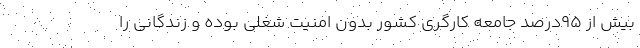
بیش از 95درصد جامعه کارگری کشور بدون امنیت شغلی بوده و زندگانی را